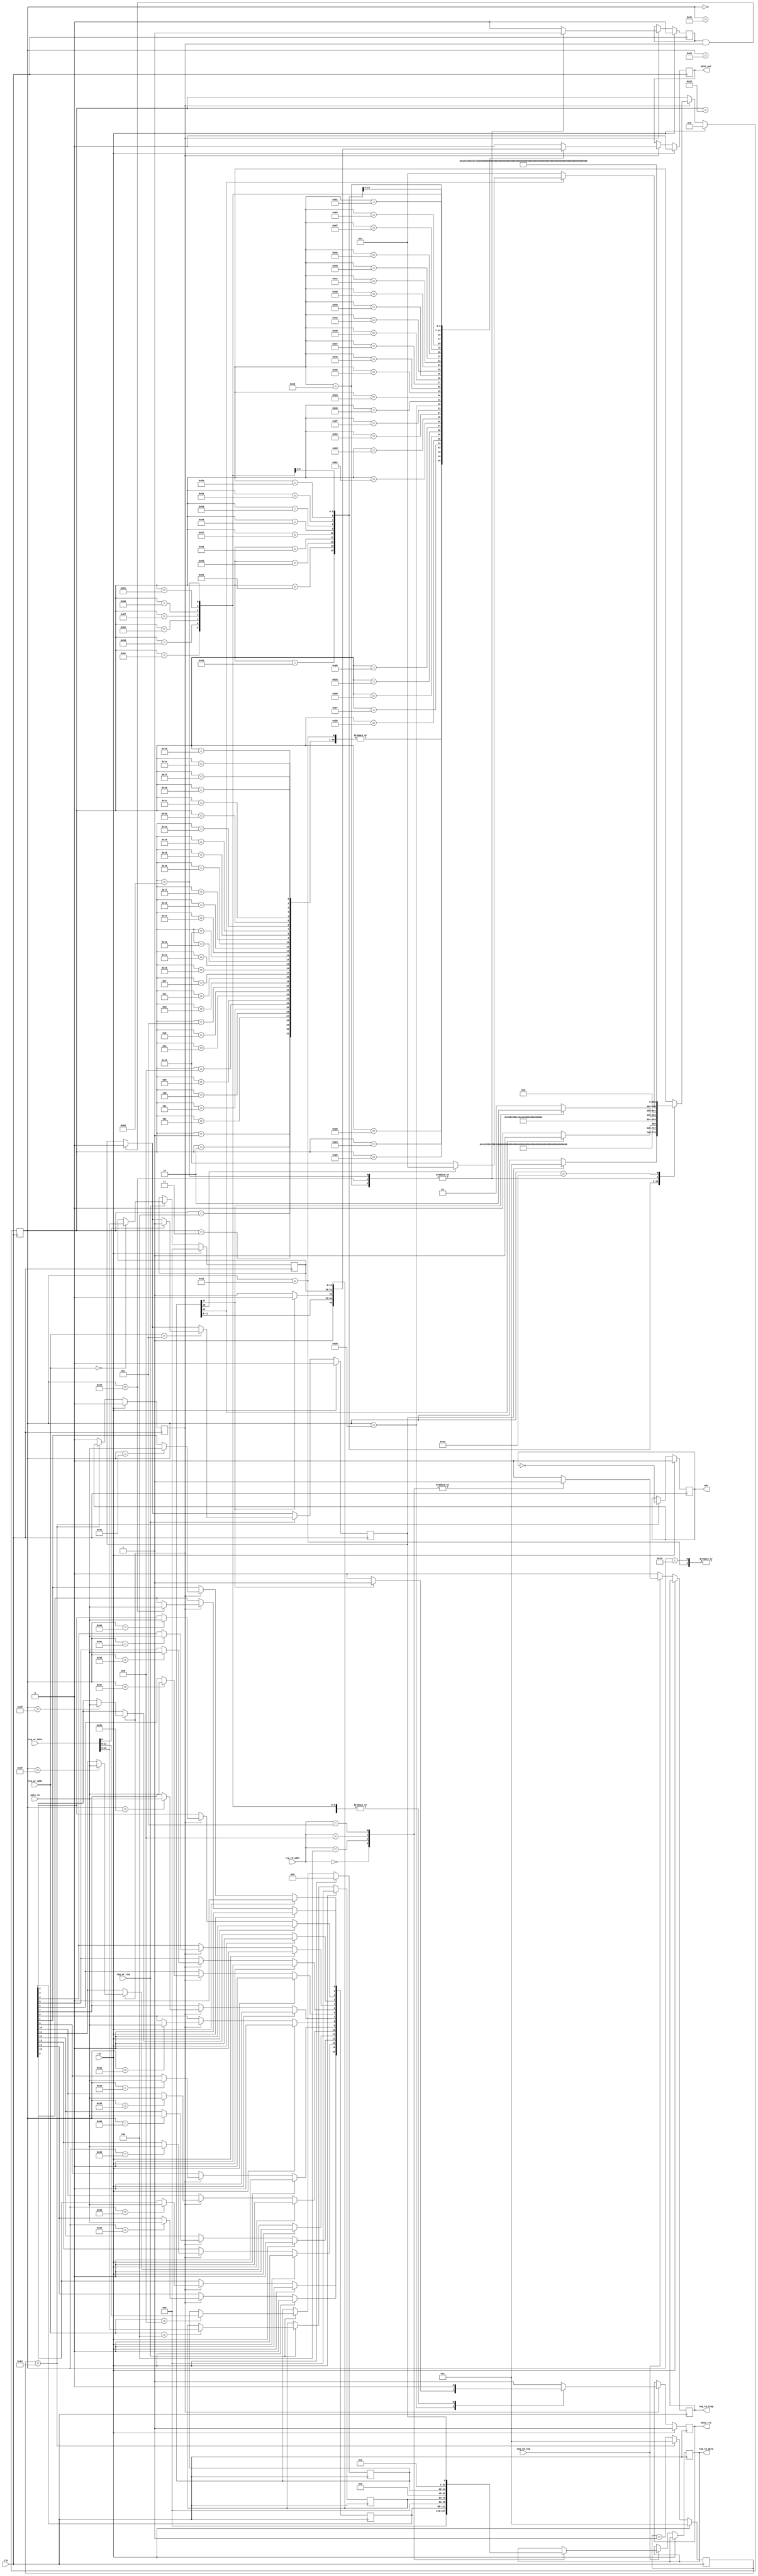
//
// Copyright 2016 Ettus Research
// Copyright 2018 Ettus Research, a National Instruments Company
//
// SPDX-License-Identifier: LGPL-3.0-or-later
//

module mdio_master #(
   parameter        REG_AWIDTH  = 32,
   parameter        REG_BASE    = 'h0,
   parameter [7:0]  MDC_DIVIDER = 8'd200
) (
   // Clock and reset
   input                  clk,
   input                  rst,
   // MDIO ports
   output reg             mdc,
   output reg             mdio_out,
   output reg             mdio_tri,   // Assert to tristate driver.
   input                  mdio_in,
   // Register ports
   input                  reg_wr_req,
   input [REG_AWIDTH-1:0] reg_wr_addr,
   input [31:0]           reg_wr_data,
   input                  reg_rd_req,
   input [REG_AWIDTH-1:0] reg_rd_addr,
   output reg             reg_rd_resp,
   output reg [31:0]      reg_rd_data
);

   localparam [7:0]
      IDLE = 0,
      PREAMBLE1 = 1,
      PREAMBLE2 = 2,
      PREAMBLE3 = 3,
      PREAMBLE4 = 4,
      PREAMBLE5 = 5,
      PREAMBLE6 = 6,
      PREAMBLE7 = 7,
      PREAMBLE8 = 8,
      PREAMBLE9 = 9,
      PREAMBLE10 = 10,
      PREAMBLE11 = 11,
      PREAMBLE12 = 12,
      PREAMBLE13 = 13,
      PREAMBLE14 = 14,
      PREAMBLE15 = 15,
      PREAMBLE16 = 16,
      PREAMBLE17 = 17,
      PREAMBLE18 = 18,
      PREAMBLE19 = 19,
      PREAMBLE20 = 20,
      PREAMBLE21 = 21,
      PREAMBLE22 = 22,
      PREAMBLE23 = 23,
      PREAMBLE24 = 24,
      PREAMBLE25 = 25,
      PREAMBLE26 = 26,
      PREAMBLE27 = 27,
      PREAMBLE28 = 28,
      PREAMBLE29 = 29,
      PREAMBLE30 = 30,
      PREAMBLE31 = 31,
      PREAMBLE32 = 32,
      START1 = 33,
      C22_START2 = 34,
      C45_START2 = 35,
      OP1 = 36,
      OP2 = 37,
      PRTAD1 = 38,
      PRTAD2 = 39,
      PRTAD3 = 40,
      PRTAD4 = 41,
      PRTAD5 = 42,
      DEVAD1 = 43,
      DEVAD2 = 44,
      DEVAD3 = 45,
      DEVAD4 = 46,
      DEVAD5 = 47,
      TA1 = 48,
      TA2 = 49,
      TA3 = 50,
      READ1 = 51,
      READ2 = 52,
      READ3 = 53,
      READ4 = 54,
      READ5 = 55,
      READ6 = 56,
      READ7 = 57,
      READ8 = 58,
      READ9 = 59,
      READ10 = 60,
      READ11 = 61,
      READ12 = 62,
      READ13 = 63,
      READ14 = 64,
      READ15 = 65,
      READ16 = 66,
      WRITE1 = 67,
      WRITE2 = 68,
      WRITE3 = 69,
      WRITE4 = 70,
      WRITE5 = 71,
      WRITE6 = 72,
      WRITE7 = 73,
      WRITE8 = 74,
      WRITE9 = 75,
      WRITE10 = 76,
      WRITE11 = 77,
      WRITE12 = 78,
      WRITE13 = 79,
      WRITE14 = 80,
      WRITE15 = 81,
      WRITE16 = 82,
      C45_ADDR1 = 83,
      C45_ADDR2 = 84,
      C45_ADDR3 = 85,
      C45_ADDR4 = 86,
      C45_ADDR5 = 87,
      C45_ADDR6 = 88,
      C45_ADDR7 = 89,
      C45_ADDR8 = 90,
      C45_ADDR9 = 91,
      C45_ADDR10 = 92,
      C45_ADDR11 = 93,
      C45_ADDR12 = 94,
      C45_ADDR13 = 95,
      C45_ADDR14 = 96,
      C45_ADDR15 = 97,
      C45_ADDR16 = 98,
      PREIDLE = 99
   ;

   localparam REG_MDIO_DATA         = REG_BASE + 'h0;
   localparam REG_MDIO_ADDR         = REG_BASE + 'h4;
   localparam REG_MDIO_OP           = REG_BASE + 'h8;
   localparam REG_MDIO_CTRL_STATUS  = REG_BASE + 'hC;

   reg [15:0]  mdio_read_data, mdio_write_data;
   reg [15:0]  mdio_address;
   reg [12:0]  mdio_operation;
   reg [7:0]   mdc_clk_count;
   reg         mdc_falling_edge;
   reg         mdio_running;
   reg         mdio_done;
   reg [7:0]   state;

   always @(posedge clk) begin
      if (rst) begin
         mdio_write_data <= 16'h0;
         mdio_address    <= 16'h0;
         mdio_operation  <= 13'h0;
         mdio_running    <= 1'b0;
      end else begin
         // Handshake to MDIO state machine to reset running flag in status.
         // Wait for falling MDC edge to prevent S/W race condition occuring
         // where done flag still asserted but running flag now cleared (repeatedly).
         if (mdio_done && mdc_falling_edge)
            mdio_running <= 1'b0;

         // Readable registers
         if (reg_rd_req) begin
            reg_rd_resp <= 1'b1;
            case (reg_rd_addr)
               REG_MDIO_DATA:
                  reg_rd_data <= {16'h0, mdio_read_data};
               REG_MDIO_ADDR:
                  reg_rd_data <= {16'h0, mdio_address};
               REG_MDIO_OP:
                  reg_rd_data <= {16'h0, mdio_operation};
               REG_MDIO_CTRL_STATUS:
                  reg_rd_data <= {31'b0, mdio_running};
               default:
                  reg_rd_resp <= 1'b0;
            endcase
         end else if (reg_rd_resp) begin
            reg_rd_resp <= 1'b0;
         end

         // Writable registers
         if (reg_wr_req) begin
            case(reg_wr_addr)
               REG_MDIO_DATA:
                  mdio_write_data <= reg_wr_data[15:0];
               REG_MDIO_ADDR:
                  mdio_address    <= reg_wr_data[15:0];
               REG_MDIO_OP:
                  mdio_operation  <= reg_wr_data[12:0];
               REG_MDIO_CTRL_STATUS:
                  if (reg_wr_data[0])
                     mdio_running <= 1'b1;   // Trigger mdio operation here. Cleared by state machine at end of bus transaction.
            endcase
         end
      end
   end

   //
   // Produce mdc clock as a signal synchronously from Wishbone clock.
   //
   always @(posedge clk) begin
      if (rst) begin
         mdc_clk_count     <= 8'd1;
         mdc               <= 1'b0;
         mdc_falling_edge  <= 1'b0;
      end else if (mdc_clk_count == (MDC_DIVIDER/2)) begin
         mdc_clk_count     <= 8'd1;
         mdc               <= ~mdc;
         mdc_falling_edge  <= mdc;
      end else begin
         mdc_clk_count     <= mdc_clk_count + 8'd1;
         mdc_falling_edge  <= 1'b0;
      end
   end

   //
   // MDIO state machine
   //
   always @(posedge clk) begin
      if (rst) begin
         mdio_tri <= 1'b1;
         mdio_out <= 1'b0;
         mdio_done <= 1'b0;
         mdio_read_data <= 16'b0;
         state <= IDLE;
      end else if (mdc_falling_edge) begin
         // This is the MDIO bus controller. Use falling edge of MDC.
         mdio_tri <= 1'b1;
         mdio_out <= 1'b0;
         mdio_done <= 1'b0;
         case(state)
            // IDLE.
            // In Clause 22 & 45 the master of the MDIO bus is tristate during idle.
            IDLE: begin
               mdio_tri <= 1'b1;
               mdio_out <= 1'b0;
               if (mdio_running)
                  state <= PREAMBLE1;
            end
            // Preamble. All MDIO transactions begin witrh 32bits of 1 bits as a preamble.
            PREAMBLE1: begin
               mdio_tri <= 1'b0;
               mdio_out <= 1'b1;
               state <= PREAMBLE2;
            end
            PREAMBLE2: begin
               mdio_tri <= 1'b0;
               mdio_out <= 1'b1;
               state <= PREAMBLE3;
            end
            PREAMBLE3: begin
               mdio_tri <= 1'b0;
               mdio_out <= 1'b1;
               state <= PREAMBLE4;
            end
            PREAMBLE4: begin
               mdio_tri <= 1'b0;
               mdio_out <= 1'b1;
               state <= PREAMBLE5;
            end
            PREAMBLE5: begin
               mdio_tri <= 1'b0;
               mdio_out <= 1'b1;
               state <= PREAMBLE6;
            end
            PREAMBLE6: begin
               mdio_tri <= 1'b0;
               mdio_out <= 1'b1;
               state <= PREAMBLE7;
            end
            PREAMBLE7: begin
               mdio_tri <= 1'b0;
               mdio_out <= 1'b1;
               state <= PREAMBLE8;
            end
            PREAMBLE8: begin
               mdio_tri <= 1'b0;
               mdio_out <= 1'b1;
               state <= PREAMBLE9;
            end
            PREAMBLE9: begin
               mdio_tri <= 1'b0;
               mdio_out <= 1'b1;
               state <= PREAMBLE10;
            end
            PREAMBLE10: begin
               mdio_tri <= 1'b0;
               mdio_out <= 1'b1;
               state <= PREAMBLE11;
            end
            PREAMBLE11: begin
               mdio_tri <= 1'b0;
               mdio_out <= 1'b1;
               state <= PREAMBLE12;
            end
            PREAMBLE12: begin
               mdio_tri <= 1'b0;
               mdio_out <= 1'b1;
               state <= PREAMBLE13;
            end
            PREAMBLE13: begin
               mdio_tri <= 1'b0;
               mdio_out <= 1'b1;
               state <= PREAMBLE14;
            end
            PREAMBLE14: begin
               mdio_tri <= 1'b0;
               mdio_out <= 1'b1;
               state <= PREAMBLE15;
            end
            PREAMBLE15: begin
               mdio_tri <= 1'b0;
               mdio_out <= 1'b1;
               state <= PREAMBLE16;
            end
            PREAMBLE16: begin
               mdio_tri <= 1'b0;
               mdio_out <= 1'b1;
               state <= PREAMBLE17;
            end
            PREAMBLE17: begin
               mdio_tri <= 1'b0;
               mdio_out <= 1'b1;
               state <= PREAMBLE18;
            end
            PREAMBLE18: begin
               mdio_tri <= 1'b0;
               mdio_out <= 1'b1;
               state <= PREAMBLE19;
            end
            PREAMBLE19: begin
               mdio_tri <= 1'b0;
               mdio_out <= 1'b1;
               state <= PREAMBLE20;
            end
            PREAMBLE20: begin
               mdio_tri <= 1'b0;
               mdio_out <= 1'b1;
               state <= PREAMBLE21;
            end
            PREAMBLE21: begin
               mdio_tri <= 1'b0;
               mdio_out <= 1'b1;
               state <= PREAMBLE22;
            end
            PREAMBLE22: begin
               mdio_tri <= 1'b0;
               mdio_out <= 1'b1;
               state <= PREAMBLE23;
            end
            PREAMBLE23: begin
               mdio_tri <= 1'b0;
               mdio_out <= 1'b1;
               state <= PREAMBLE24;
            end
            PREAMBLE24: begin
               mdio_tri <= 1'b0;
               mdio_out <= 1'b1;
               state <= PREAMBLE25;
            end
            PREAMBLE25: begin
               mdio_tri <= 1'b0;
               mdio_out <= 1'b1;
               state <= PREAMBLE26;
            end
            PREAMBLE26: begin
               mdio_tri <= 1'b0;
               mdio_out <= 1'b1;
               state <= PREAMBLE27;
            end
            PREAMBLE27: begin
               mdio_tri <= 1'b0;
               mdio_out <= 1'b1;
               state <= PREAMBLE28;
            end
            PREAMBLE28: begin
               mdio_tri <= 1'b0;
               mdio_out <= 1'b1;
               state <= PREAMBLE29;
            end
            PREAMBLE29: begin
               mdio_tri <= 1'b0;
               mdio_out <= 1'b1;
               state <= PREAMBLE30;
            end
            PREAMBLE30: begin
               mdio_tri <= 1'b0;
               mdio_out <= 1'b1;
               state <= PREAMBLE31;
            end
            PREAMBLE31: begin
               mdio_tri <= 1'b0;
               mdio_out <= 1'b1;
               state <= PREAMBLE32;
            end
            PREAMBLE32: begin
               mdio_tri <= 1'b0;
               mdio_out <= 1'b1;
               state <= START1;
            end
            // Start code for Clause 22 is 01 and Clause 45 is 00
            START1: begin
               mdio_tri <= 1'b0;
               mdio_out <= 1'b0;
               if (mdio_operation[12])
                  // Clause 45 bit set.
                  state <= C45_START2;
               else
                  state <= C22_START2;
            end
            // 2nd Clause 22 start bit is a 1
            C22_START2: begin
               mdio_tri <= 1'b0;
               mdio_out <= 1'b1;
               state <= OP1;
            end
            // 2nd Clause 45 start bit is a 0
            C45_START2: begin
               mdio_tri <= 1'b0;
               mdio_out <= 1'b0;
               state <= OP1;
            end
            // Both Clause 22 & 45 use 2 bits for operation and are compatable.
            // Note we don't screen here for illegal Clause 22 ops.
            OP1: begin
               mdio_tri <= 1'b0;
               mdio_out <= mdio_operation[11];
               state <= OP2;
            end
            OP2: begin
               mdio_tri <= 1'b0;
               mdio_out <= mdio_operation[10];
               state <= PRTAD1;
            end
            // Both Clause 22 & 45 use 2 sucsessive 5 bit fields to form a hierarchical address
            // though it's used slightly different between the 2 standards.
            PRTAD1: begin
               mdio_tri <= 1'b0;
               mdio_out <= mdio_operation[9];
               state <= PRTAD2;
            end
            PRTAD2: begin
               mdio_tri <= 1'b0;
               mdio_out <= mdio_operation[8];
               state <= PRTAD3;
            end
            PRTAD3: begin
               mdio_tri <= 1'b0;
               mdio_out <= mdio_operation[7];
               state <= PRTAD4;
            end
            PRTAD4: begin
               mdio_tri <= 1'b0;
               mdio_out <= mdio_operation[6];
               state <= PRTAD5;
            end
            PRTAD5: begin
               mdio_tri <= 1'b0;
               mdio_out <= mdio_operation[5];
               state <= DEVAD1;
            end
            DEVAD1: begin
               mdio_tri <= 1'b0;
               mdio_out <= mdio_operation[4];
               state <= DEVAD2;
            end
            DEVAD2: begin
               mdio_tri <= 1'b0;
               mdio_out <= mdio_operation[3];
               state <= DEVAD3;
            end
            DEVAD3: begin
               mdio_tri <= 1'b0;
               mdio_out <= mdio_operation[2];
               state <= DEVAD4;
            end
            DEVAD4: begin
               mdio_tri <= 1'b0;
               mdio_out <= mdio_operation[1];
               state <= DEVAD5;
            end
            DEVAD5: begin
               mdio_tri <= 1'b0;
               mdio_out <= mdio_operation[0];
               state <= TA1;
            end
            // Both Clause 22 & Clause 45 use the same turn around on the bus.
            // Reads have Z as the first bit and 0 driven by the slave for the 2nd bit.
            // Note that slaves drive the bus on the rising edge of MDC.
            // Writes and Address cycles have 10 driven by the master.
            TA1: begin
               if (mdio_operation[11] == 1'b0) // Write/Address
               begin
                  mdio_tri <= 1'b0;
                  mdio_out <= 1'b1;
                  state <= TA2;
               end
               else // Read
               begin
                  mdio_tri <= 1'b1;
                  state <= TA3;
               end
            end
            TA2: begin
               mdio_tri <= 1'b0;
               mdio_out <= 1'b0;
               if ( !mdio_operation[12]) // Clause 22 Write
                  state <= WRITE1;
               else if (mdio_operation[10]) // Clause 45 Write
                  state <= WRITE1;
               else // Clause 45 ADDRESS
                  state <= C45_ADDR1;
            end
            TA3: begin
               mdio_tri <= 1'b1;
               state <= READ1;
            end
            // Clause 22 Reads and both forms of clause 45 Reads have the same bus transaction from here out.
            READ1: begin
               mdio_tri <= 1'b1;
               mdio_read_data[15] <= mdio_in;
               state <= READ2;
            end
            READ2: begin
               mdio_tri <= 1'b1;
               mdio_read_data[14] <= mdio_in;
               state <= READ3;
            end
            READ3: begin
               mdio_tri <= 1'b1;
               mdio_read_data[13] <= mdio_in;
               state <= READ4;
            end
            READ4: begin
               mdio_tri <= 1'b1;
               mdio_read_data[12] <= mdio_in;
               state <= READ5;
            end
            READ5: begin
               mdio_tri <= 1'b1;
               mdio_read_data[11] <= mdio_in;
               state <= READ6;
            end
            READ6: begin
               mdio_tri <= 1'b1;
               mdio_read_data[10] <= mdio_in;
               state <= READ7;
            end
            READ7: begin
               mdio_tri <= 1'b1;
               mdio_read_data[9] <= mdio_in;
               state <= READ8;
            end
            READ8: begin
               mdio_tri <= 1'b1;
               mdio_read_data[8] <= mdio_in;
               state <= READ9;
            end
            READ9: begin
               mdio_tri <= 1'b1;
               mdio_read_data[7] <= mdio_in;
               state <= READ10;
            end
            READ10: begin
               mdio_tri <= 1'b1;
               mdio_read_data[6] <= mdio_in;
               state <= READ11;
            end
            READ11: begin
               mdio_tri <= 1'b1;
               mdio_read_data[5] <= mdio_in;
               state <= READ12;
            end
            READ12: begin
               mdio_tri <= 1'b1;
               mdio_read_data[4] <= mdio_in;
               state <= READ13;
            end
            READ13: begin
               mdio_tri <= 1'b1;
               mdio_read_data[3] <= mdio_in;
               state <= READ14;
            end
            READ14: begin
               mdio_tri <= 1'b1;
               mdio_read_data[2] <= mdio_in;
               state <= READ15;
            end
            READ15: begin
               mdio_tri <= 1'b1;
               mdio_read_data[1] <= mdio_in;
               state <= READ16;
            end
            READ16: begin
               mdio_tri <= 1'b1;
               mdio_read_data[0] <= mdio_in;
               state <= PREIDLE;
               mdio_done <= 1'b1;
            end
            // Write 16bits of data for all types of Write.
            WRITE1: begin
               mdio_tri <= 1'b0;
               mdio_out <= mdio_write_data[15];
               state <= WRITE2;
            end
            WRITE2: begin
               mdio_tri <= 1'b0;
               mdio_out <= mdio_write_data[14];
               state <= WRITE3;
            end
            WRITE3: begin
               mdio_tri <= 1'b0;
               mdio_out <= mdio_write_data[13];
               state <= WRITE4;
            end
            WRITE4: begin
               mdio_tri <= 1'b0;
               mdio_out <= mdio_write_data[12];
               state <= WRITE5;
            end
            WRITE5: begin
               mdio_tri <= 1'b0;
               mdio_out <= mdio_write_data[11];
               state <= WRITE6;
            end
            WRITE6: begin
               mdio_tri <= 1'b0;
               mdio_out <= mdio_write_data[10];
               state <= WRITE7;
            end
            WRITE7: begin
               mdio_tri <= 1'b0;
               mdio_out <= mdio_write_data[9];
               state <= WRITE8;
            end
            WRITE8: begin
               mdio_tri <= 1'b0;
               mdio_out <= mdio_write_data[8];
               state <= WRITE9;
            end
            WRITE9: begin
               mdio_tri <= 1'b0;
               mdio_out <= mdio_write_data[7];
               state <= WRITE10;
            end
            WRITE10: begin
               mdio_tri <= 1'b0;
               mdio_out <= mdio_write_data[6];
               state <= WRITE11;
            end
            WRITE11: begin
               mdio_tri <= 1'b0;
               mdio_out <= mdio_write_data[5];
               state <= WRITE12;
            end
            WRITE12: begin
               mdio_tri <= 1'b0;
               mdio_out <= mdio_write_data[4];
               state <= WRITE13;
            end
            WRITE13: begin
               mdio_tri <= 1'b0;
               mdio_out <= mdio_write_data[3];
               state <= WRITE14;
            end
            WRITE14: begin
               mdio_tri <= 1'b0;
               mdio_out <= mdio_write_data[2];
               state <= WRITE15;
            end
            WRITE15: begin
               mdio_tri <= 1'b0;
               mdio_out <= mdio_write_data[1];
               state <= WRITE16;
            end
            WRITE16: begin
               mdio_tri <= 1'b0;
               mdio_out <= mdio_write_data[0];
               state <= PREIDLE;
               mdio_done <= 1'b1;
            end
            // Write 16bits of address for a Clause 45 Address transaction
            C45_ADDR1: begin
               mdio_tri <= 1'b0;
               mdio_out <= mdio_address[15];
               state <= C45_ADDR2;
            end
            C45_ADDR2: begin
               mdio_tri <= 1'b0;
               mdio_out <= mdio_address[14];
               state <= C45_ADDR3;
            end
            C45_ADDR3: begin
               mdio_tri <= 1'b0;
               mdio_out <= mdio_address[13];
               state <= C45_ADDR4;
            end
            C45_ADDR4: begin
               mdio_tri <= 1'b0;
               mdio_out <= mdio_address[12];
               state <= C45_ADDR5;
            end
            C45_ADDR5: begin
               mdio_tri <= 1'b0;
               mdio_out <= mdio_address[11];
               state <= C45_ADDR6;
            end
            C45_ADDR6: begin
               mdio_tri <= 1'b0;
               mdio_out <= mdio_address[10];
               state <= C45_ADDR7;
            end
            C45_ADDR7: begin
               mdio_tri <= 1'b0;
               mdio_out <= mdio_address[9];
               state <= C45_ADDR8;
            end
            C45_ADDR8: begin
               mdio_tri <= 1'b0;
               mdio_out <= mdio_address[8];
               state <= C45_ADDR9;
            end
            C45_ADDR9: begin
               mdio_tri <= 1'b0;
               mdio_out <= mdio_address[7];
               state <= C45_ADDR10;
            end
            C45_ADDR10: begin
               mdio_tri <= 1'b0;
               mdio_out <= mdio_address[6];
               state <= C45_ADDR11;
            end
            C45_ADDR11: begin
               mdio_tri <= 1'b0;
               mdio_out <= mdio_address[5];
               state <= C45_ADDR12;
            end
            C45_ADDR12: begin
               mdio_tri <= 1'b0;
               mdio_out <= mdio_address[4];
               state <= C45_ADDR13;
            end
            C45_ADDR13: begin
               mdio_tri <= 1'b0;
               mdio_out <= mdio_address[3];
               state <= C45_ADDR14;
            end
            C45_ADDR14: begin
               mdio_tri <= 1'b0;
               mdio_out <= mdio_address[2];
               state <= C45_ADDR15;
            end
            C45_ADDR15: begin
               mdio_tri <= 1'b0;
               mdio_out <= mdio_address[1];
               state <= C45_ADDR16;
            end
            C45_ADDR16: begin
               mdio_tri <= 1'b0;
               mdio_out <= mdio_address[0];
               state <= PREIDLE;
               mdio_done <= 1'b1;
            end
            // PREIDLE allows the mdio_running bit to reset.
            PREIDLE: begin
               state <= IDLE;
            end
         endcase // case(state)
      end // if (mdc_falling_edge)
   end

endmodule